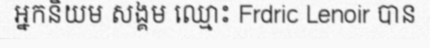
អ្នកនិយម សង្គម ឈ្មោះ Frdric Lenoir បាន